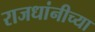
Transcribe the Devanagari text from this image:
राजधांनीच्या